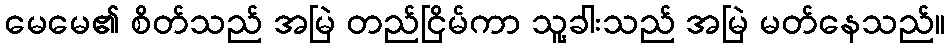
မေမေ၏ စိတ်သည် အမြဲ တည်ငြိမ်ကာ သူ့ခါးသည် အမြဲ မတ်နေသည်။